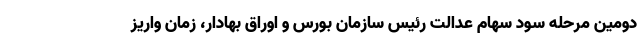
دومین مرحله سود سهام عدالت رئیس سازمان بورس و اوراق بهادار، زمان واریز